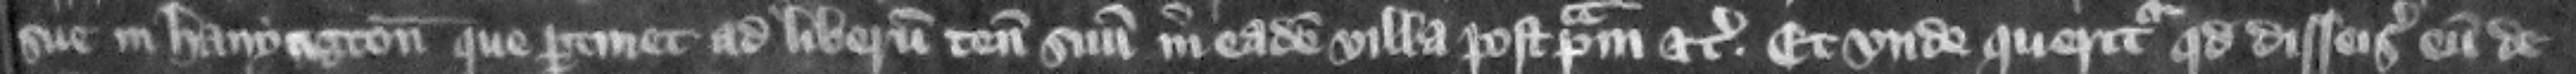
sue in Hanyngton que pertinet ad liberum tenementum suum in eadem villa post primam etc. Et vnde queritur quod disseisiuit eum de